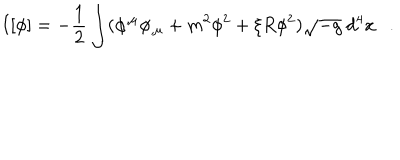
LaTeX: I [ \phi ] = - \frac 1 2 \int ( \phi ^ { , \mu } \phi _ { , \mu } + m ^ { 2 } \phi ^ { 2 } + \xi R \phi ^ { 2 } ) \sqrt { - g } ~ d ^ { 4 } x .